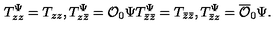
T _ { z z } ^ { \Psi } = T _ { z z } , T _ { z \bar { z } } ^ { \Psi } = { \cal O } _ { 0 } \Psi T _ { \bar { z } \bar { z } } ^ { \Psi } = T _ { \bar { z } \bar { z } } , T _ { \bar { z } z } ^ { \Psi } = \overline { { \cal O } } _ { 0 } \Psi .